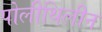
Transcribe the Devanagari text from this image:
पोलीथिलीन